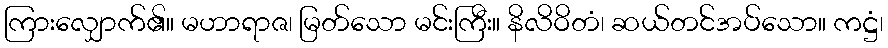
ကြားလျှောက်၏။ မဟာရာဇ၊ မြတ်သော မင်းကြီး။ နိလိဝိတံ၊ ဆယ်တင်အပ်သော။ ကဋ္ဌံ၊